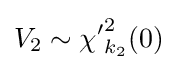
V_{2}\sim {\chi '}_{k_{2}}^{2}(0)